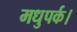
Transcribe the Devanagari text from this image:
मधुपर्क।